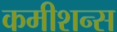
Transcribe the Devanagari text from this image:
कमीशन्स